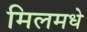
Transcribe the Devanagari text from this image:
मिलमधे